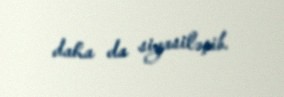
daha da siyasiləşib.